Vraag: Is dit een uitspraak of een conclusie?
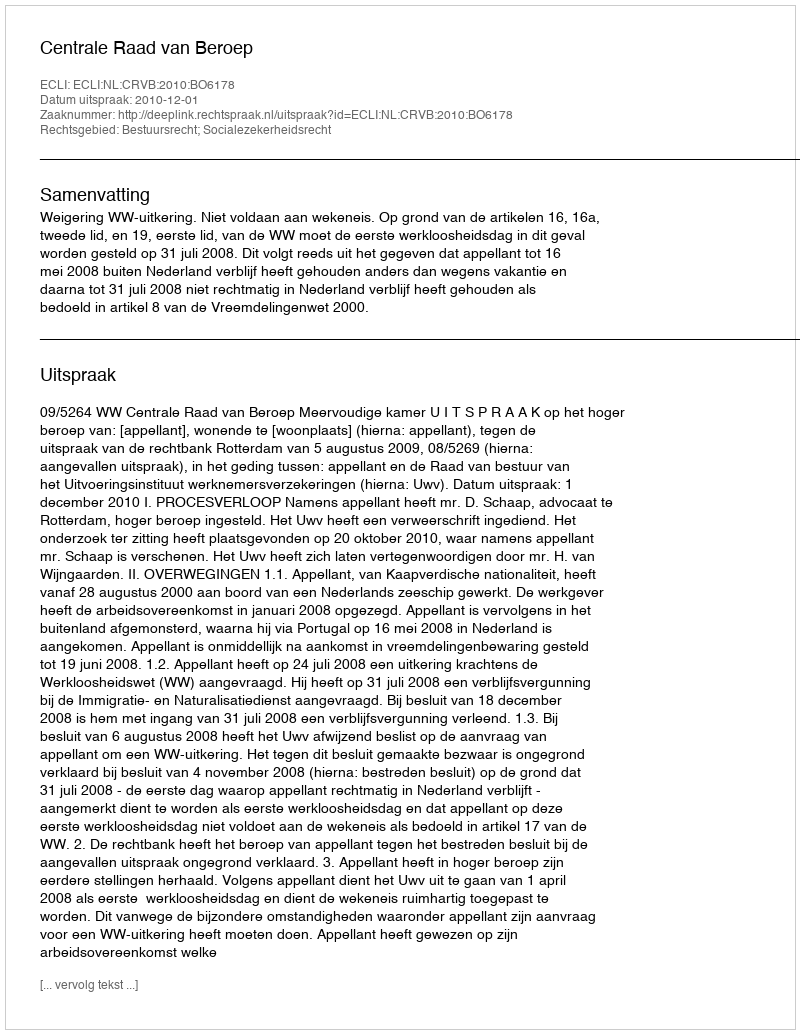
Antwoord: Uitspraak